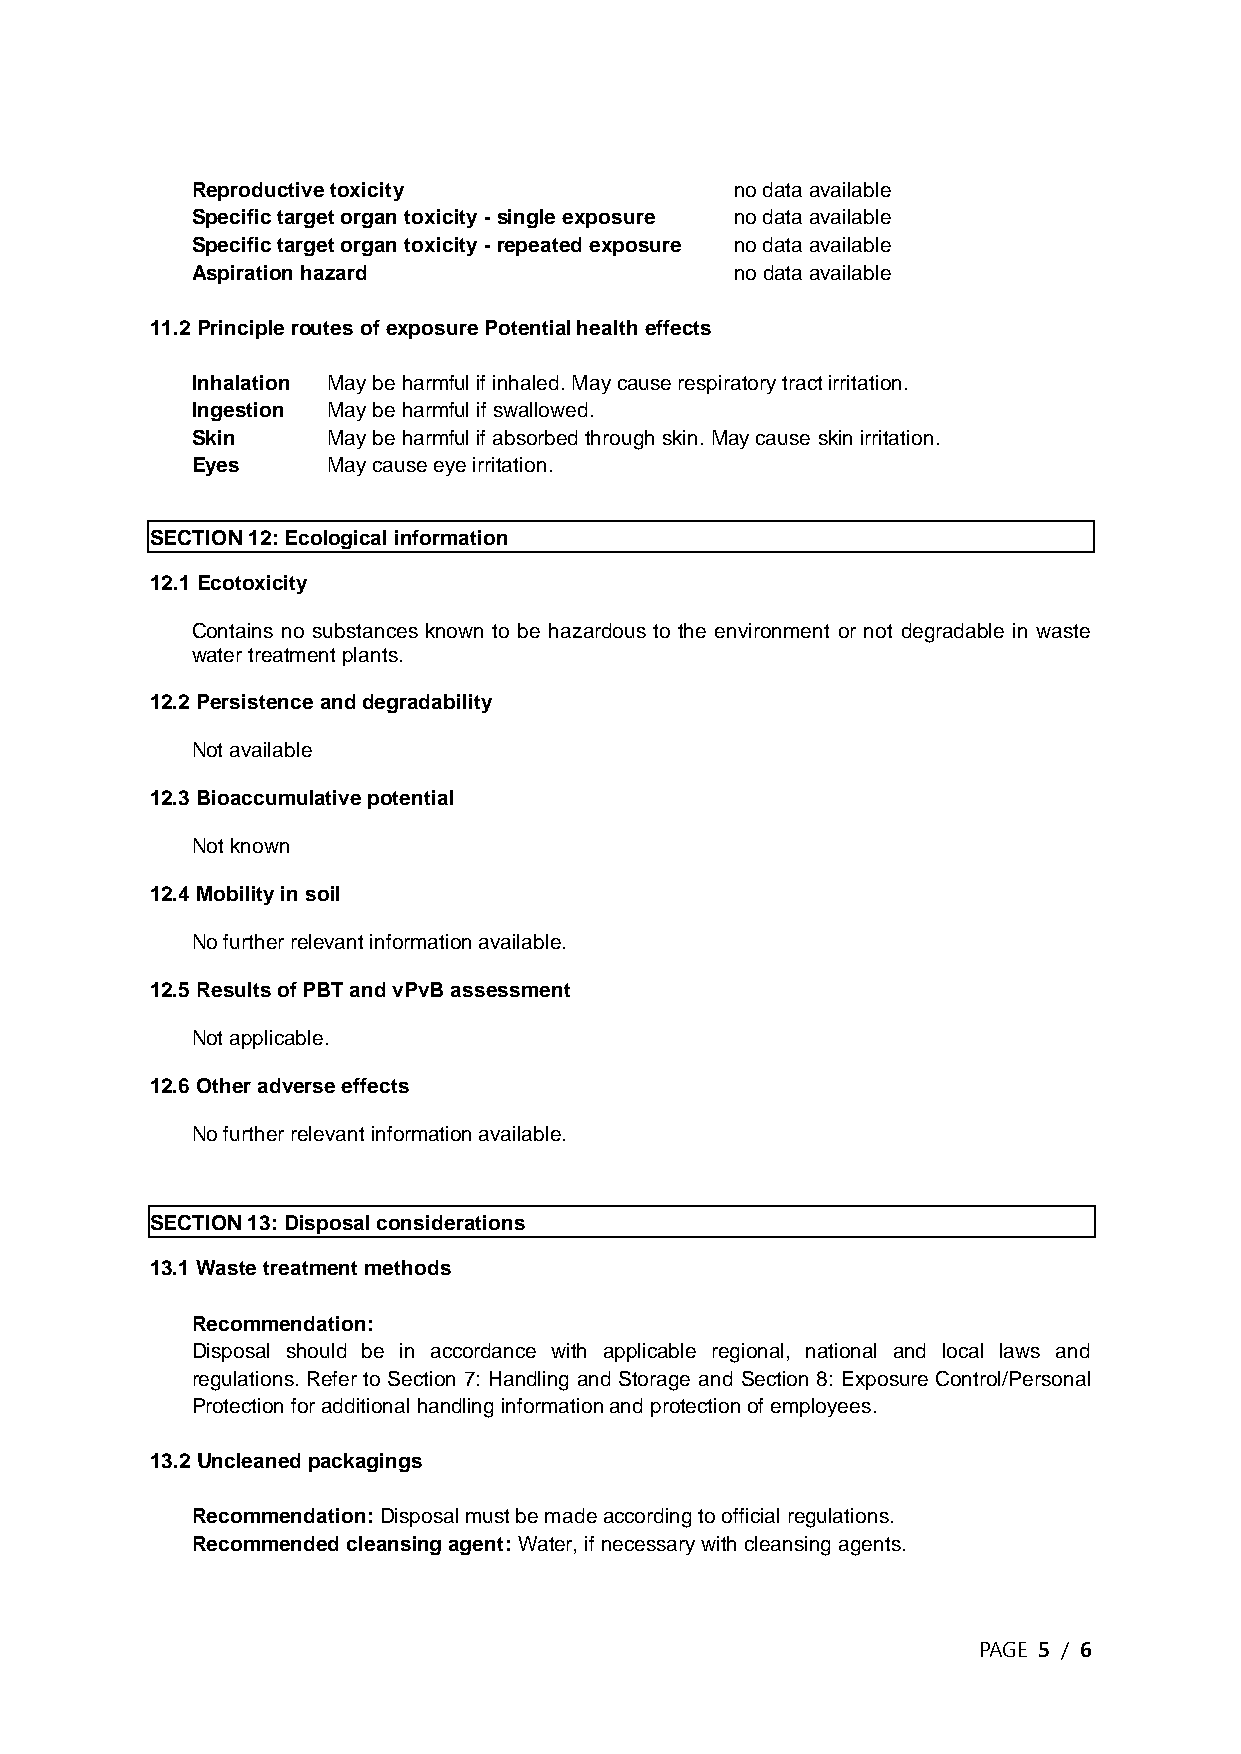
Reproductive toxicity               no data available
 Specific target organ toxicity - single exposure no data available
 Specific target organ toxicity - repeated exposure no data available
 Aspiration hazard                   no data available
 11.2 Principle routes of exposure Potential health effects
 Inhalation May be harmful if inhaled. May cause respiratory tract irritation.
 Ingestion May be harmful if swallowed.
 Skin     May be harmful if absorbed through skin. May cause skin irritation.
 Eyes     May cause eye irritation.
 SECTION 12: Ecological information
 12.1 Ecotoxicity
 Contains no substances known to be hazardous to the environment or not degradable in waste
 water treatment plants.
 12.2 Persistence and degradability
 Not available
 12.3 Bioaccumulative potential
 Not known
 12.4 Mobility in soil
 No further relevant information available.
 12.5 Results of PBT and vPvB assessment
 Not applicable.
 12.6 Other adverse effects
 No further relevant information available.
 SECTION 13: Disposal considerations
 13.1 Waste treatment methods
 Recommendation:
 Disposal should be in accordance with applicable regional, national and local laws and
 regulations. Refer to Section 7: Handling and Storage and Section 8: Exposure Control/Personal
 Protection for additional handling information and protection of employees.
 13.2 Uncleaned packagings
 Recommendation: Disposal must be made according to official regulations.
 Recommended cleansing agent: Water, if necessary with cleansing agents.
 PAGE 5 / 6